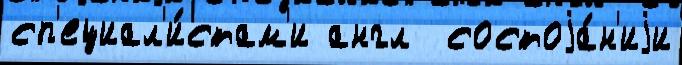
сп'ециал'и́стам'и англ  состоjа́н'иjи